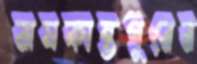
রামকান্তপুরের